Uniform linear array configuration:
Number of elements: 64
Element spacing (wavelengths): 0.75
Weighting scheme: binomial
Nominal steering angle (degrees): -30
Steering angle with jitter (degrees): -29.576
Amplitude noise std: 0.05
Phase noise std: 0.05

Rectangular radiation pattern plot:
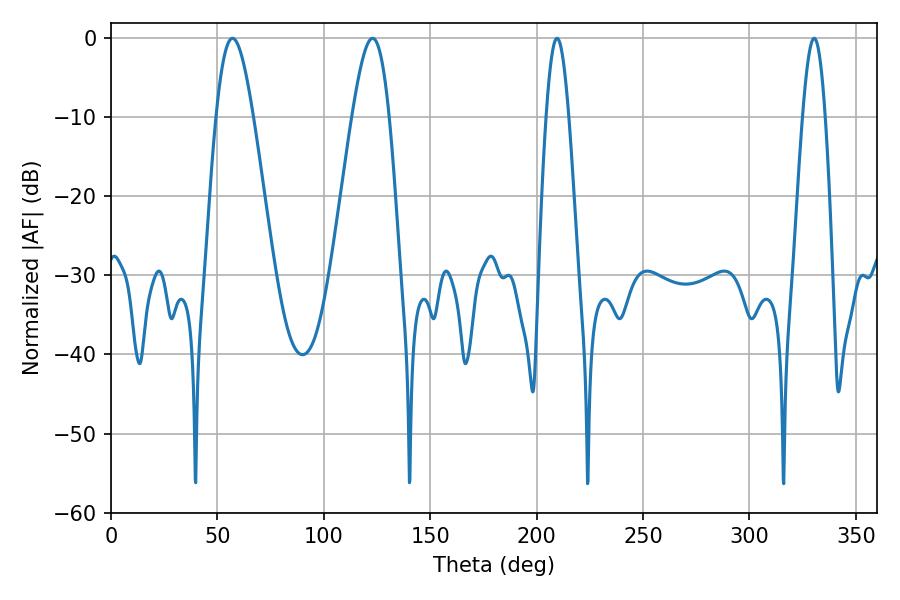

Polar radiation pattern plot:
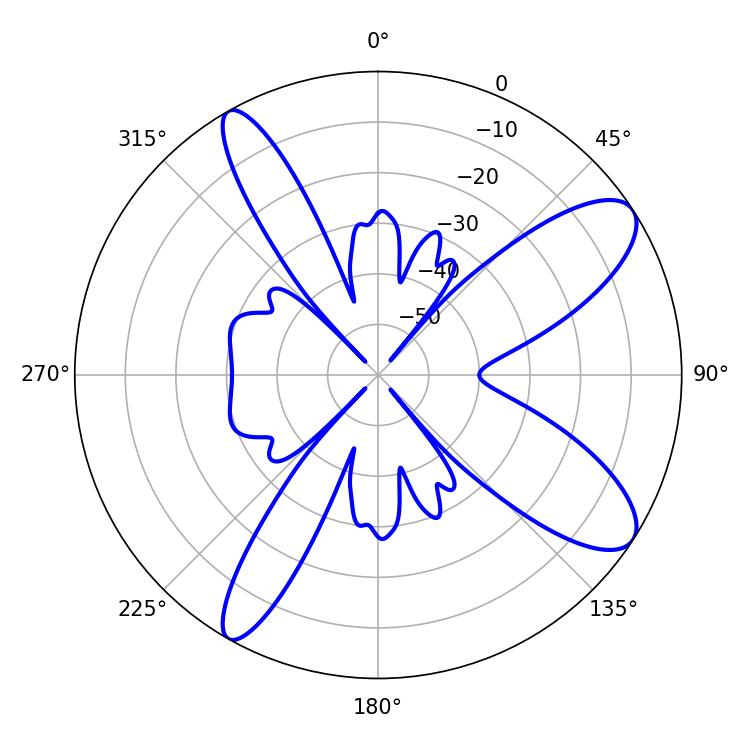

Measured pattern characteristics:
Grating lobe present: TRUE
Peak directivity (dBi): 10.173
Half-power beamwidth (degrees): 9.36
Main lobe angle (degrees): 57.06